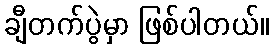
ချီတက်ပွဲမှာ ဖြစ်ပါတယ်။